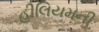
હીલિયમની